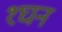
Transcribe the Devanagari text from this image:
१घन